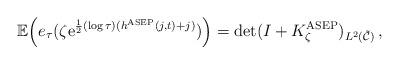
LaTeX: \begin{align*}\mathbb{E}\Big(e_\tau( \zeta \mathrm{e}^{\frac{1}{2}(\log\tau) (h^{\rm ASEP}(j,t) +j)})\Big) = \det(I+K_{\zeta}^{\rm ASEP})_{L^2(\tilde{\mathcal{C}})}\,,\end{align*}